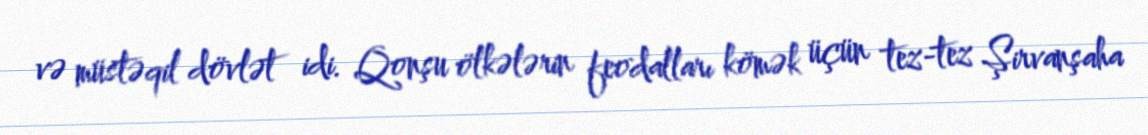
və müstəqil dövlət idi. Qonşu ölkələrin feodalları kömək üçün tez-tez Şirvanşaha